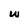
Character: w